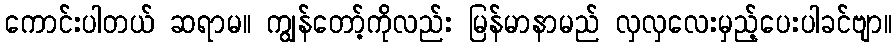
ကောင်းပါတယ် ဆရာမ။ ကျွန်တော့်ကိုလည်း မြန်မာနာမည် လှလှလေးမှည့်ပေးပါခင်ဗျာ။